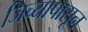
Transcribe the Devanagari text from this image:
जिच्यापासून